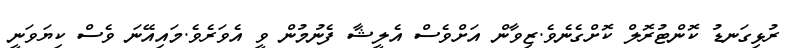
ރުޅިގަނޑު ކޮންޓުރޮލް ކޮށްގެނެވެ.ޒިވާން އަށްވެސް އެލީޝާ ފެނުމުން ވީ އެވަރެވެ.މައިއޭނަ ވެސް ކިޔަވަނީ